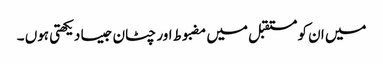
میں ان کو مستقبل میں مضبوط اور چٹان جیسا دیکھتی ہوں ۔